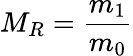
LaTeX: M_{R}={\frac{m_{1}}{m_{0}}}